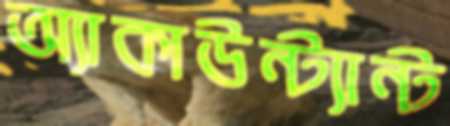
অ্যাকাউন্ট্যান্ট